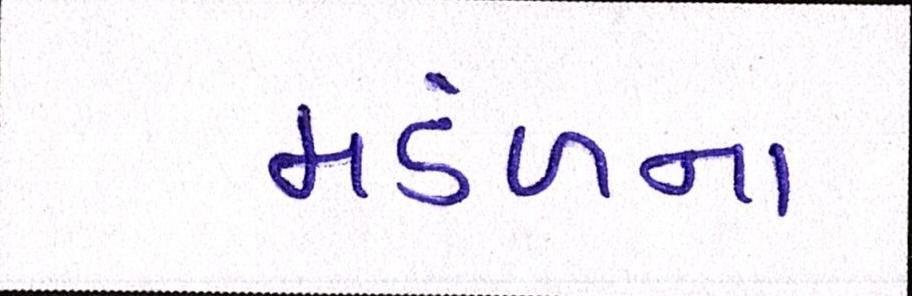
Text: મંડળના